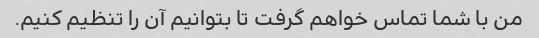
من با شما تماس خواهم گرفت تا بتوانیم آن را تنظیم کنیم.